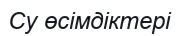
Су өсімдіктері